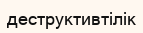
деструктивтілік